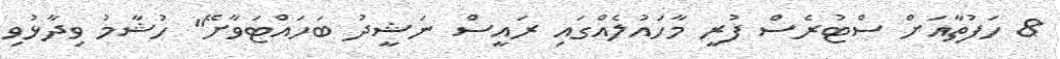
8 ހަފުތާއަށް ސްޓުރެސް ފުރީ މާހައުލެއްގައި ރައީސް ނަޝީދު ބަހައްޓަވާށޭ" ހުޝާމު ވިދާޅުވި